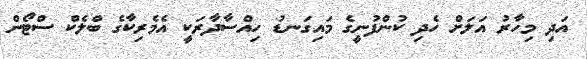
އަދި މިހާރު އަލަށް ހެދި ކުންފުނީގެ މައިގަނޑު ހިއްސާދާރަކީ އެމެރިކާގެ ބްލެކް ސްޓޯން